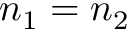
n _ { 1 } = n _ { 2 }